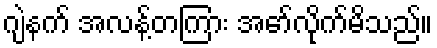
ဂျဲနက် အလန့်တကြား အော်လိုက်မိသည်။